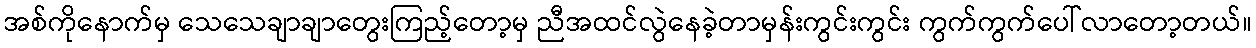
အစ်ကိုနောက်မှ သေသေချာချာတွေးကြည့်တော့မှ ညီအထင်လွဲနေခဲ့တာမှန်းကွင်းကွင်း ကွက်ကွက်ပေါ်လာတော့တယ်။